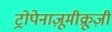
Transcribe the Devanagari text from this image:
ट्रोपेनाज़ूमीक्रूज़ी